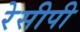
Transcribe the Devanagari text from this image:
रेसीपी